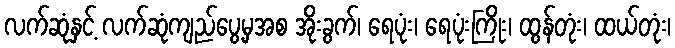
လက်ဆုံနှင့် လက်ဆုံကျည်ပွေ့မှအစ အိုးခွက်၊ ရေပုံး၊ ရေပုံးကြိုး၊ ထွန်တုံး၊ ထယ်တုံး၊